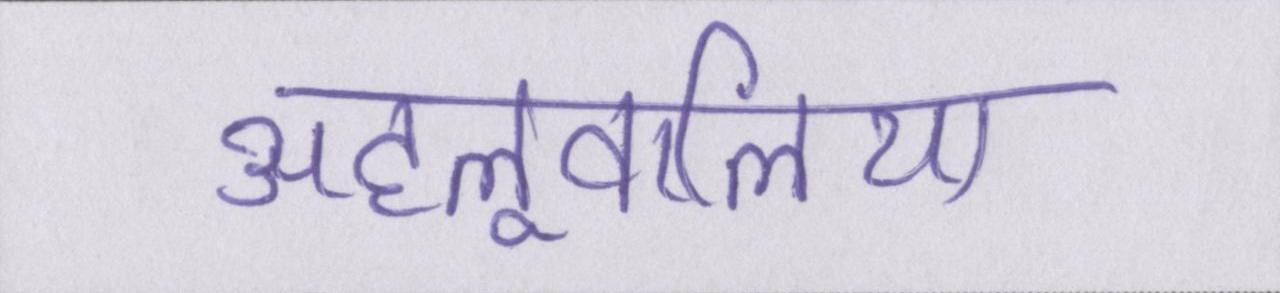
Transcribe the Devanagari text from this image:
अहलूवालिया